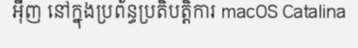
អ៊ីញ នៅក្នុងប្រព័ន្ធប្រតិបត្តិការ macOS Catalina